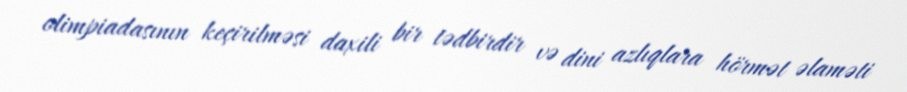
olimpiadasının keçirilməsi daxili bir tədbirdir və dini azlıqlara hörmət əlaməti